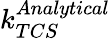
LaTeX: k_{TCS}^{Analytical}